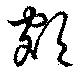
額